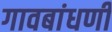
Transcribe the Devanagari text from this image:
गावबांधणी